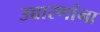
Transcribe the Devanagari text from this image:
उच्चारणांना